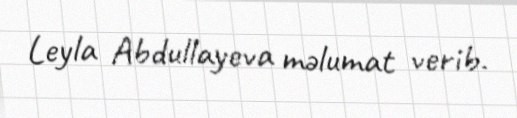
Leyla Abdullayeva məlumat verib.